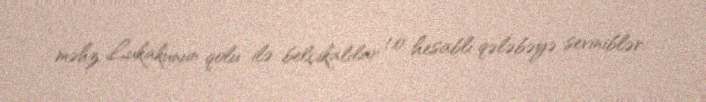
məhz Lukakunun qolu ilə belçikalılar 1:0 hesablı qələbəyə seviniblər.